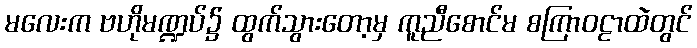
မလေးက ဗဟိုမဏ္ဍပ်၌ ထွက်သွားတော့မှ ကူညီစောင်မ စကြာဝဠာထဲတွင်